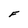
Character: F